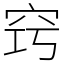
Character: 窍